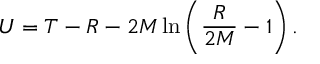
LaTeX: U = T - R - 2 M \ln \left( \frac { R } { 2 M } - 1 \right) .